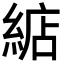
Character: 𦁦